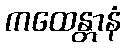
ကထေန္တာနံ